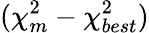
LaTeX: (\chi_{m}^{2}-\chi_{best}^{2})